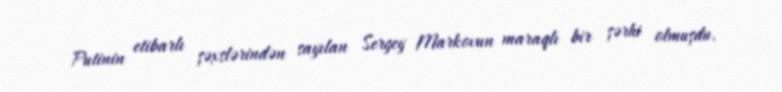
Putinin etibarlı şəxslərindən sayılan Sergey Markovun maraqlı bir şərhi olmuşdu.